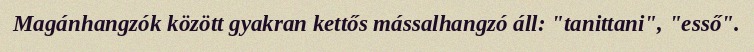
Magánhangzók között gyakran kettős mássalhangzó áll: "tanittani", "esső".